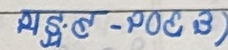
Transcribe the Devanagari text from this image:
एस.इ. - २०८३)